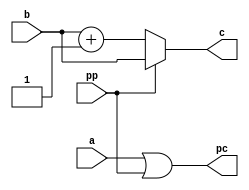
module priority_logic(a, pp, b, c, pc);
    input a;
    input pp;

    input [2:0]b;
    output reg [2:0] c;
    output pc;

    always @(a or pp or b) begin
        if(pp == 1)
            c = b;
        else
            c = b + 3'b001;
    end
    assign pc = (a||pp);
endmodule